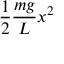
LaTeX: { \frac { 1 } { 2 } } { \frac { m g } { L } } x ^ { 2 }